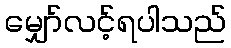
မျှော်လင့်ရပါသည်